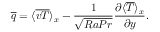
\overline { { q } } = \langle \overline { { v T } } \rangle _ { x } - \frac { 1 } { \sqrt { R a P r } } \frac { \partial \langle \overline { { T } } \rangle _ { x } } { \partial y } .